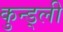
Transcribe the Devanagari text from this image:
कुन्ड्ली